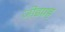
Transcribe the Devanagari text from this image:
जोडग्रह